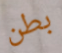
بطن